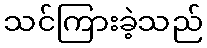
သင်ကြားခဲ့သည်